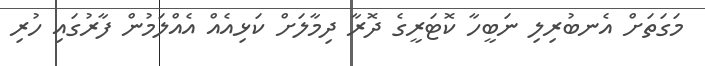
މަގަތަށް އެނބުރިލި ނަބީހާ ކޮޓަރީގެ ދޮރާ ދިމާލަށް ކަޅިއެއް އެއްލަމުން ފާރުގައި ހުރި